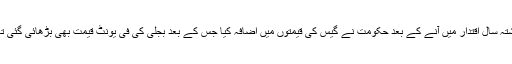
گزشتہ سال اقتدار میں آنے کے بعد حکومت نے گیس کی قیمتوں میں اضافہ کیا جس کے بعد بجلی کی فی یونٹ قیمت بھی بڑھائی گئی تھی۔